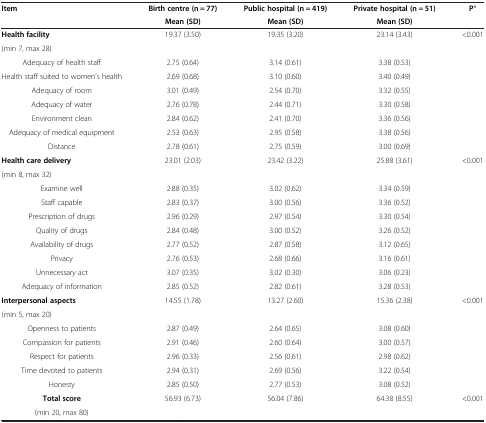
<table><thead><tr><td rowspan="2"><b>Item</b></td><td><b>Birth centre (n = 77)</b></td><td><b>Public hospital (n = 419)</b></td><td><b>Private hospital (n = 51)</b></td><td><b>P*</b></td></tr><tr><td><b>Mean (SD)</b></td><td><b>Mean (SD)</b></td><td><b>Mean (SD)</b></td><td><b> </b></td></tr></thead><tbody><tr><td><b>Health facility</b></td><td rowspan="2">19.37 (3.50)</td><td rowspan="2">19.35 (3.20)</td><td rowspan="2">23.14 (3.43)</td><td rowspan="2">&lt;0.001</td></tr><tr><td>(min 7, max 28)</td></tr><tr><td>Adequacy of health staff</td><td>2.75 (0.64)</td><td>3.14 (0.61)</td><td>3.38 (0.53)</td><td> </td></tr><tr><td>Health staff suited to women’s health</td><td>2.69 (0.68)</td><td>3.10 (0.60)</td><td>3.40 (0.49)</td><td> </td></tr><tr><td>Adequacy of room</td><td>3.01 (0.49)</td><td>2.54 (0.70)</td><td>3.32 (0.55)</td><td> </td></tr><tr><td>Adequacy of water</td><td>2.76 (0.78)</td><td>2.44 (0.71)</td><td>3.30 (0.58)</td><td> </td></tr><tr><td>Environment clean</td><td>2.84 (0.62)</td><td>2.41 (0.70)</td><td>3.36 (0.56)</td><td> </td></tr><tr><td>Adequacy of medical equipment</td><td>2.53 (0.63)</td><td>2.95 (0.58)</td><td>3.38 (0.56)</td><td> </td></tr><tr><td>Distance</td><td>2.78 (0.61)</td><td>2.75 (0.59)</td><td>3.00 (0.69)</td><td> </td></tr><tr><td><b>Health care delivery</b></td><td rowspan="2">23.01 (2.03)</td><td rowspan="2">23.42 (3.22)</td><td rowspan="2">25.88 (3.61)</td><td rowspan="2">&lt;0.001</td></tr><tr><td>(min 8, max 32)</td></tr><tr><td>Examine well</td><td>2.88 (0.35)</td><td>3.02 (0.62)</td><td>3.34 (0.59)</td><td> </td></tr><tr><td>Staff capable</td><td>2.83 (0.37)</td><td>3.00 (0.56)</td><td>3.36 (0.52)</td><td> </td></tr><tr><td>Prescription of drugs</td><td>2.96 (0.29)</td><td>2.97 (0.54)</td><td>3.30 (0.54)</td><td> </td></tr><tr><td>Quality of drugs</td><td>2.84 (0.48)</td><td>3.00 (0.52)</td><td>3.26 (0.52)</td><td> </td></tr><tr><td>Availability of drugs</td><td>2.77 (0.52)</td><td>2.87 (0.58)</td><td>3.12 (0.65)</td><td> </td></tr><tr><td>Privacy</td><td>2.76 (0.53)</td><td>2.68 (0.66)</td><td>3.16 (0.61)</td><td> </td></tr><tr><td>Unnecessary act</td><td>3.07 (0.35)</td><td>3.02 (0.30)</td><td>3.06 (0.23)</td><td> </td></tr><tr><td>Adequacy of information</td><td>2.85 (0.52)</td><td>2.82 (0.61)</td><td>3.28 (0.53)</td><td> </td></tr><tr><td><b>Interpersonal aspects</b></td><td rowspan="2">14.55 (1.78)</td><td rowspan="2">13.27 (2.60)</td><td rowspan="2">15.36 (2.38)</td><td rowspan="2">&lt;0.001</td></tr><tr><td>(min 5, max 20)</td></tr><tr><td>Openness to patients</td><td>2.87 (0.49)</td><td>2.64 (0.65)</td><td>3.08 (0.60)</td><td> </td></tr><tr><td>Compassion for patients</td><td>2.91 (0.46)</td><td>2.60 (0.64)</td><td>3.00 (0.57)</td><td> </td></tr><tr><td>Respect for patients</td><td>2.96 (0.33)</td><td>2.56 (0.61)</td><td>2.98 (0.62)</td><td> </td></tr><tr><td>Time devoted to patients</td><td>2.94 (0.31)</td><td>2.69 (0.56)</td><td>3.22 (0.54)</td><td> </td></tr><tr><td>Honesty</td><td>2.85 (0.50)</td><td>2.77 (0.53)</td><td>3.08 (0.52)</td><td> </td></tr><tr><td><b>Total score</b></td><td rowspan="2">56.93 (6.73)</td><td rowspan="2">56.04 (7.86)</td><td rowspan="2">64.38 (8.55)</td><td rowspan="2">&lt;0.001</td></tr><tr><td>(min 20, max 80)</td></tr></tbody></table>